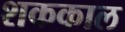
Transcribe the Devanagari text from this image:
शककाल